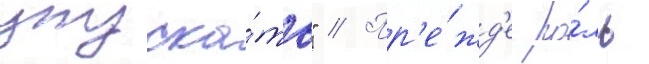
упуска́ть" // Пр'е́жд'е ро́ль